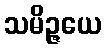
သမိဉ္ဇယေ